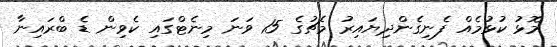
މޮޅު ކުޅުމެއް ފެނިގެންދިޔައިރު މެޗުގެ 15 ވަނަ މިނެޓްގައި ކެވިން ޑެ ބްރައިނާ